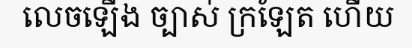
លេចឡើង ច្បាស់ ក្រឡែត ហើយ